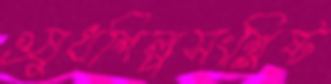
ওষুধশিল্পসংশ্লিষ্ট